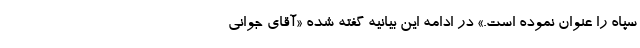
سپاه را عنوان نموده است.» در ادامه این بیانیه گفته شده «آقای جوانی